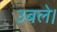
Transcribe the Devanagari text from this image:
उबले।